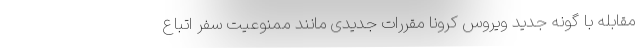
مقابله با گونه جدید ویروس کرونا مقررات جدیدی مانند ممنوعیت سفر اتباع